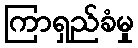
ကြာရှည်ခံမှု